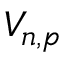
V _ { n , p }